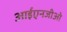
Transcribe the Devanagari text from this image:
आईएनजीओ